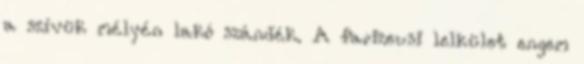
a szívük mélyén lakó szándék. A farizeusi lelkület engem